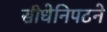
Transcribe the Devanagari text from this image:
सीधेनिपटने